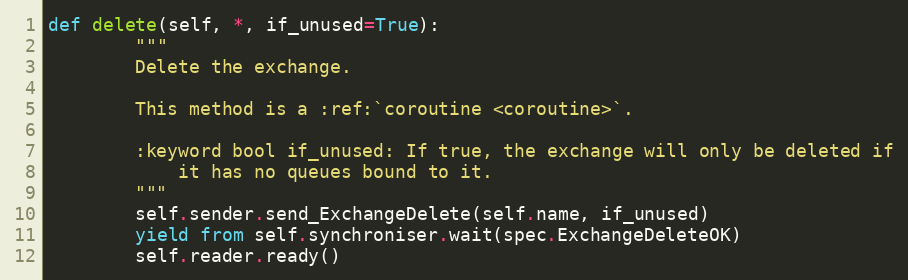
Language: Python
def delete(self, *, if_unused=True):
        """
        Delete the exchange.

        This method is a :ref:`coroutine <coroutine>`.

        :keyword bool if_unused: If true, the exchange will only be deleted if
            it has no queues bound to it.
        """
        self.sender.send_ExchangeDelete(self.name, if_unused)
        yield from self.synchroniser.wait(spec.ExchangeDeleteOK)
        self.reader.ready()